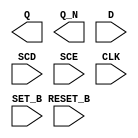
module sky130_fd_sc_hs__sdfbbp (
    Q      ,
    Q_N    ,
    D      ,
    SCD    ,
    SCE    ,
    CLK    ,
    SET_B  ,
    RESET_B
);

    output Q      ;
    output Q_N    ;
    input  D      ;
    input  SCD    ;
    input  SCE    ;
    input  CLK    ;
    input  SET_B  ;
    input  RESET_B;

    // Voltage supply signals
    supply1 VPWR;
    supply0 VGND;

endmodule